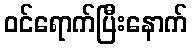
ဝင်ရောက်ပြီးနောက်